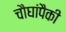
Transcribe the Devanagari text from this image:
चौघांपैकी